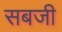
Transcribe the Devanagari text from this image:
सबजी